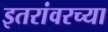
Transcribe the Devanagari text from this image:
इतरांवरच्या